DOW-UAP-D32, Mission Report, Syria, October 2024
Agency: Department of War
Incident date: 10/20/24
Incident location: Syria
Page 1
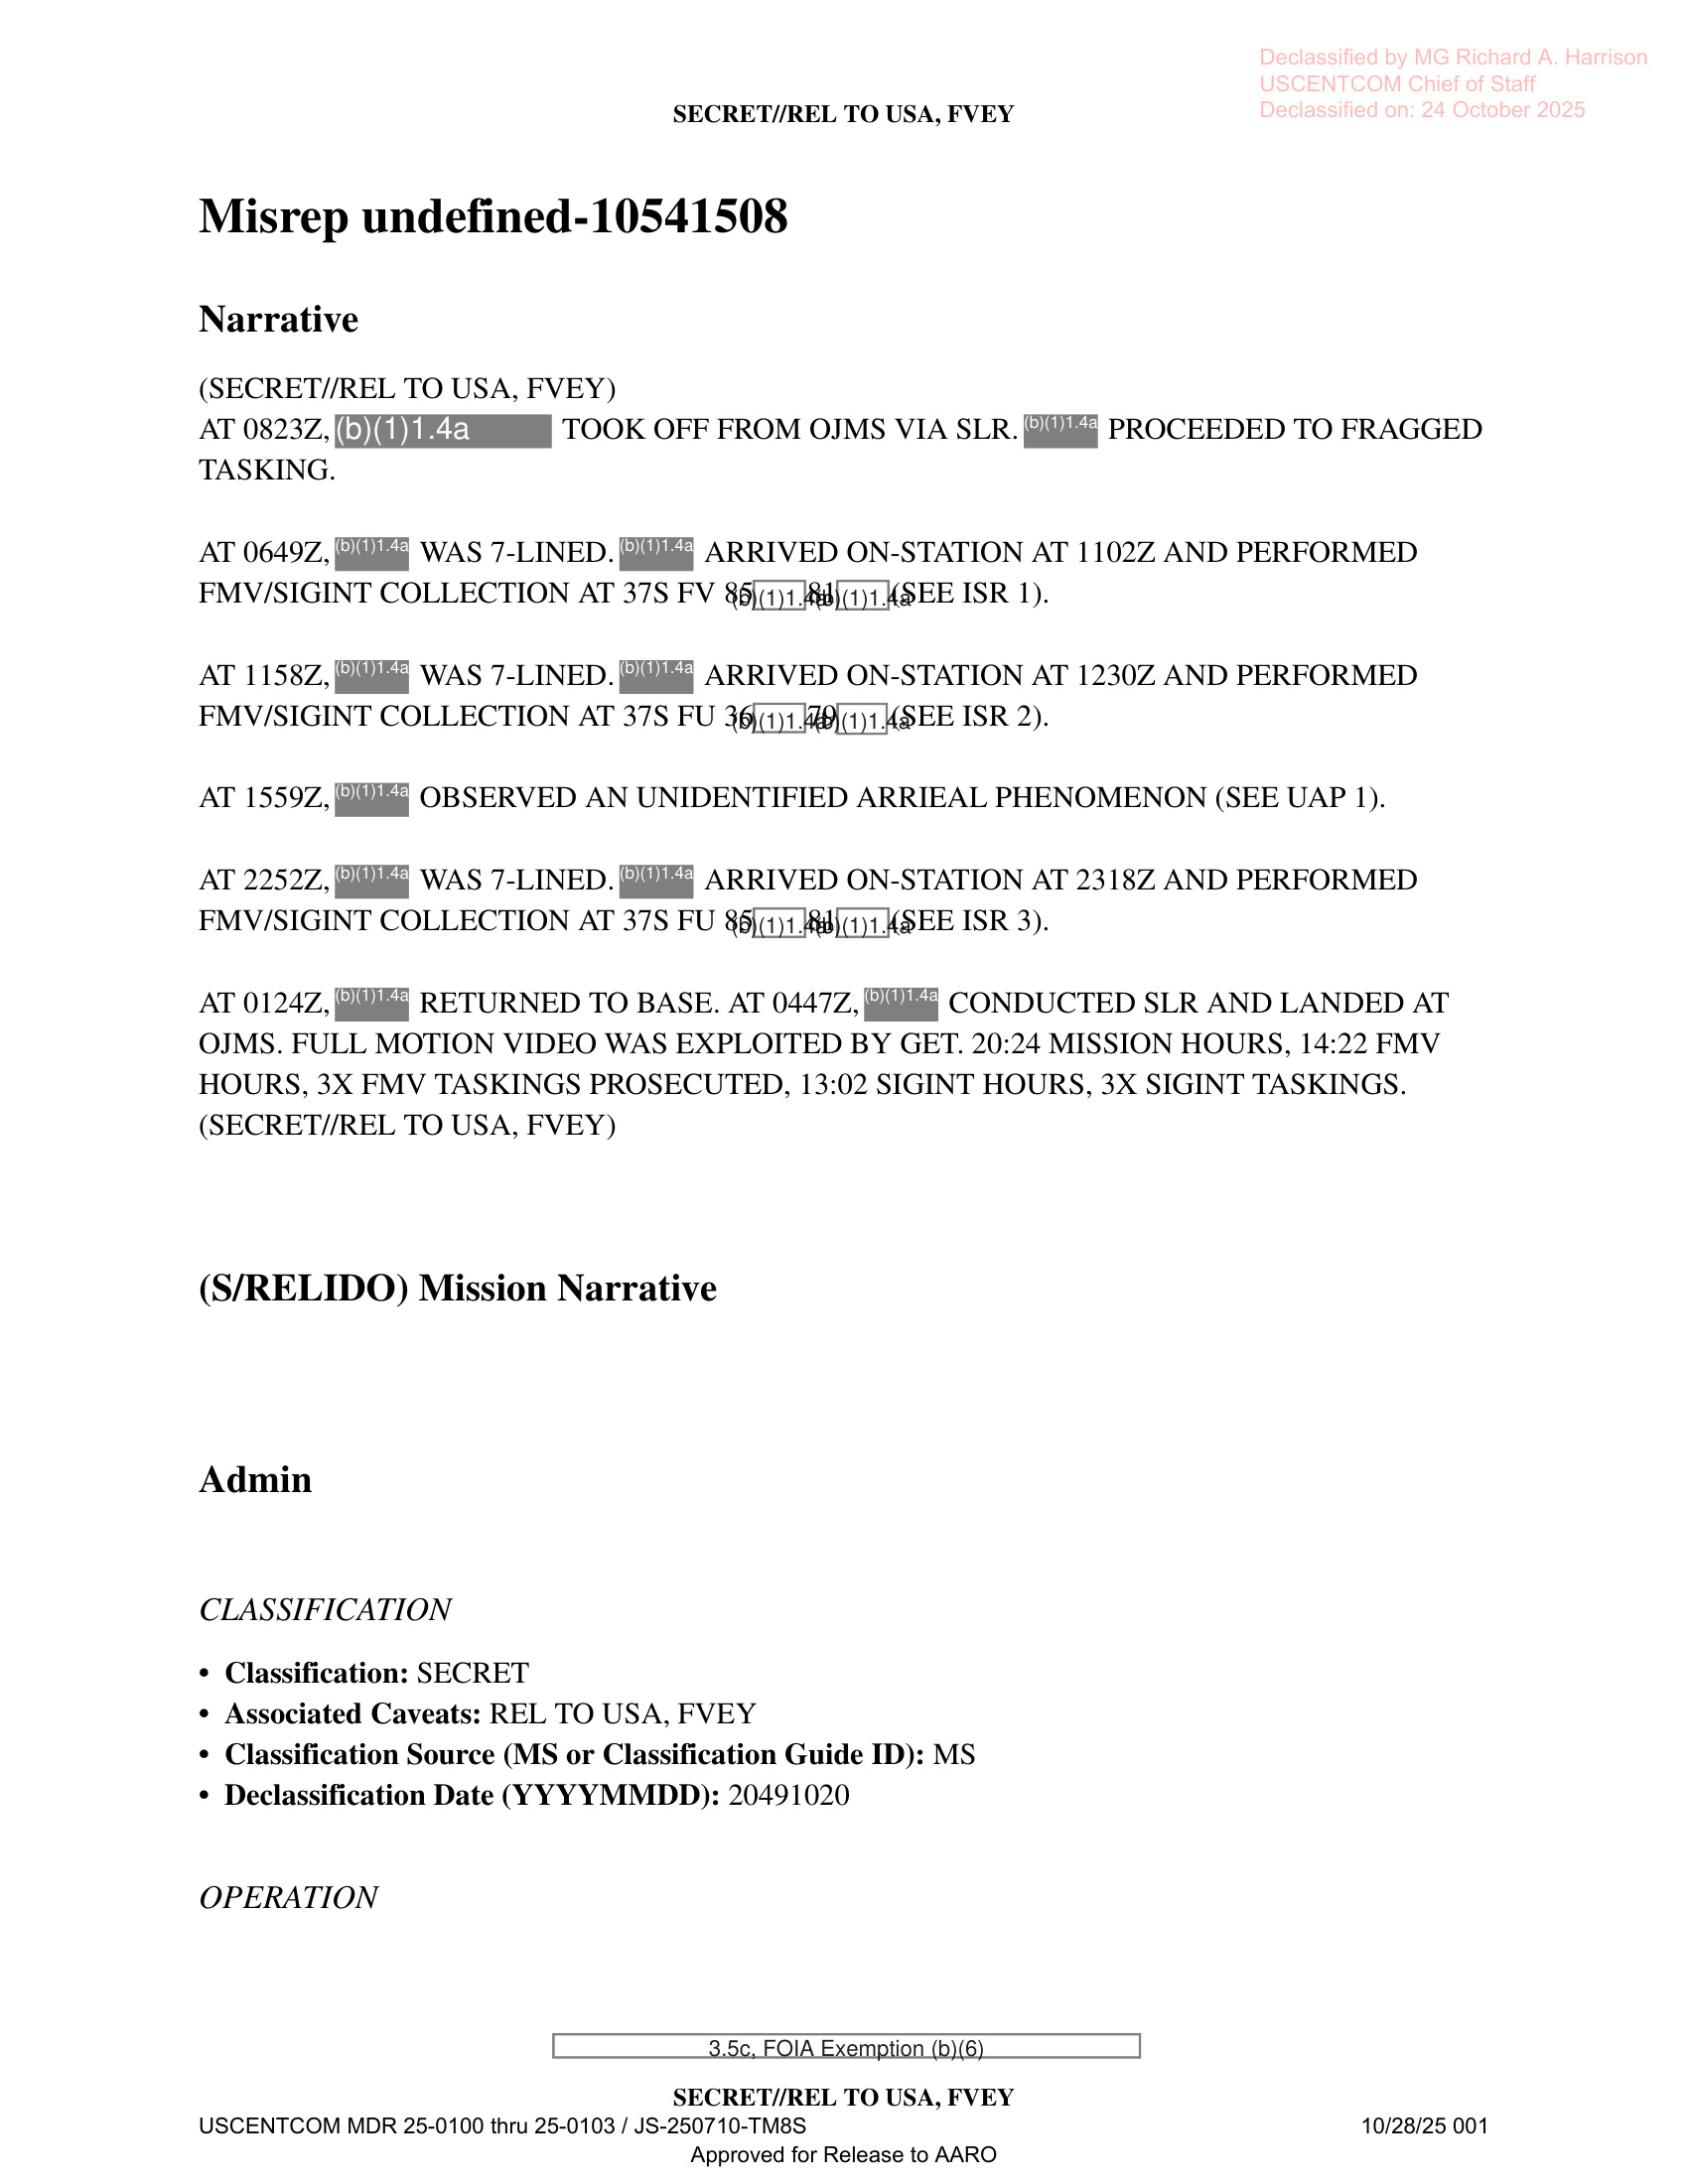